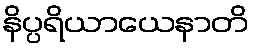
နိပ္ပရိယာယေနာတိ